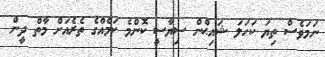
ނަމަވެސް ތިޔަ ކަހަލަ ޝައިޙްން ސިޔާސީ ކޮންމެ ކަމެއްގެ ތެރެއަށް މާތް ދީން